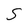
Character: S